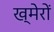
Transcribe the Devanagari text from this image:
ख्मेरों